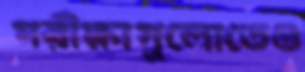
পরীক্ষাগুলোতেও